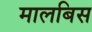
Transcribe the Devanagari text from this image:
मालबिस